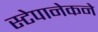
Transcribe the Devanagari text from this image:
स्टेपानेकने